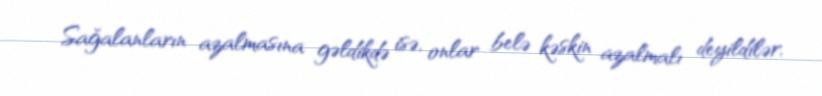
Sağalanların azalmasına gəldikdə isə, onlar belə kəskin azalmalı deyildilər,